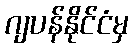
ဂျပန်နိုင်ငံမှ